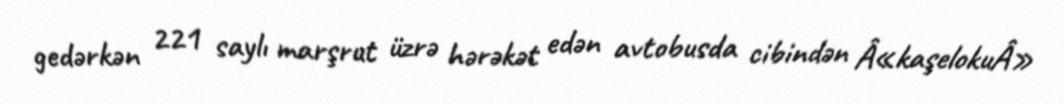
gedərkən 221 saylı marşrut üzrə hərəkət edən avtobusda cibindən Â«kaşelokuÂ»